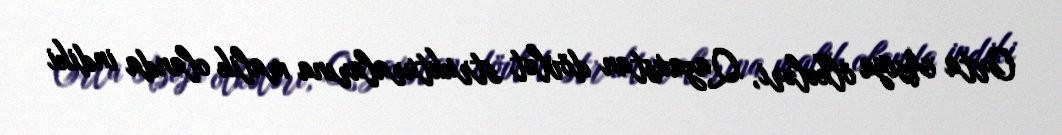
Orta Asiya ölkələri, Qazaxıstan dövlət strukturalarına malik olanda indiki